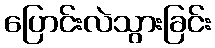
ပြောင်းလဲသွားခြင်း